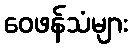
ဝေဖန်သံများ